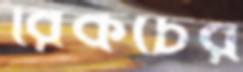
রিকচের